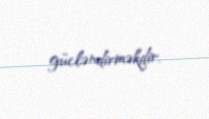
gücləndirməkdir.